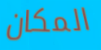
المكان